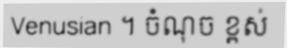
Venusian ។ ចំណុច ខ្ពស់